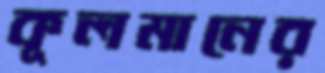
কূলমানের